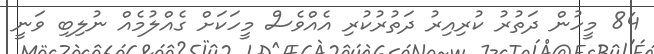
84 މީހުން ދަތުރު ކުރިއިރު ދަތުރުކުރި އެއްވެސް މީހަކަށް ގެއްލުމެއް ނުލިބި ވަނީ